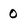
Character: 0